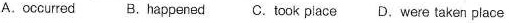
A. occurred B. happened C. took place D. Were taken place